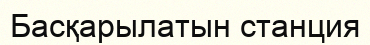
Басқарылатын станция